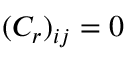
( C _ { r } ) _ { i j } = 0